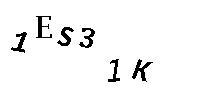
1ES31K